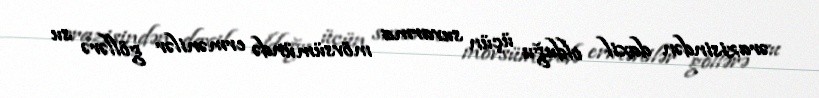
ərazisindən daxil olduğu üçün suvarma mövsümündə ermənilər göllərə su